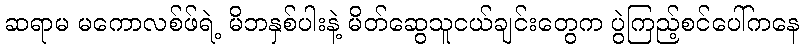
ဆရာမ မကောလစ်ဖ်ရဲ့ မိဘနှစ်ပါးနဲ့ မိတ်ဆွေသူငယ်ချင်းတွေက ပွဲကြည့်စင်ပေါ်ကနေ